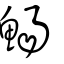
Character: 鰑